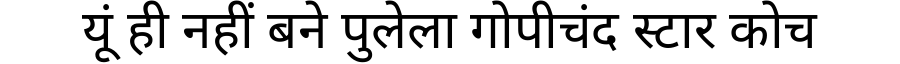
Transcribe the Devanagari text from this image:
यूं ही नहीं बने पुलेला गोपीचंद स्टार कोच